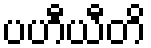
ပဟီယီတိ